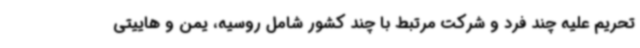
تحریم علیه چند فرد و شرکت مرتبط با چند کشور شامل روسیه، یمن و هاییتی